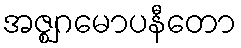
အဇ္ဈဂမောပနီတော